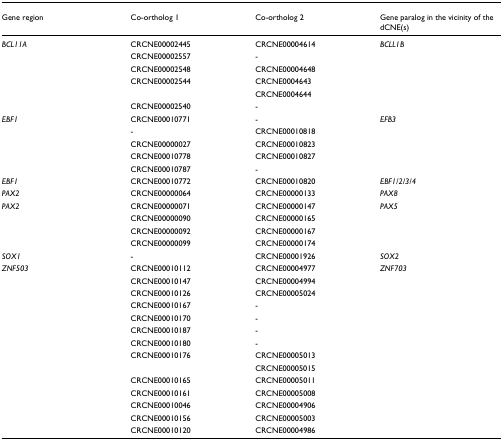
<table><thead><tr><td><b>Gene region</b></td><td><b>Co-ortholog 1</b></td><td><b>Co-ortholog 2</b></td><td><b>Gene paralog in the vicinity of the dCNE(s)</b></td></tr></thead><tbody><tr><td><i>BCL11A</i></td><td>CRCNE00002445</td><td>CRCNE00004614</td><td><i>BCLL1B</i></td></tr><tr><td></td><td>CRCNE00002557</td><td>-</td><td></td></tr><tr><td></td><td>CRCNE00002548</td><td>CRCNE00004648</td><td></td></tr><tr><td></td><td>CRCNE00002544</td><td>CRCNE0004643</td><td></td></tr><tr><td></td><td></td><td>CRCNE0004644</td><td></td></tr><tr><td></td><td>CRCNE00002540</td><td>-</td><td></td></tr><tr><td><i>EBF1</i></td><td>CRCNE00010771</td><td>-</td><td><i>EFB3</i></td></tr><tr><td></td><td>-</td><td>CRCNE00010818</td><td></td></tr><tr><td></td><td>CRCNE00000027</td><td>CRCNE00010823</td><td></td></tr><tr><td></td><td>CRCNE00010778</td><td>CRCNE00010827</td><td></td></tr><tr><td></td><td>CRCNE00010787</td><td>-</td><td></td></tr><tr><td><i>EBF1</i></td><td>CRCNE00010772</td><td>CRCNE00010820</td><td><i>EBF1/2/3/4</i></td></tr><tr><td><i>PAX2</i></td><td>CRCNE00000064</td><td>CRCNE00000133</td><td><i>PAX8</i></td></tr><tr><td><i>PAX2</i></td><td>CRCNE00000071</td><td>CRCNE00000147</td><td><i>PAX5</i></td></tr><tr><td></td><td>CRCNE00000090</td><td>CRCNE00000165</td><td></td></tr><tr><td></td><td>CRCNE00000092</td><td>CRCNE00000167</td><td></td></tr><tr><td></td><td>CRCNE00000099</td><td>CRCNE00000174</td><td></td></tr><tr><td><i>SOX1</i></td><td>-</td><td>CRCNE00001926</td><td><i>SOX2</i></td></tr><tr><td><i>ZNF503</i></td><td>CRCNE00010112</td><td>CRCNE00004977</td><td><i>ZNF703</i></td></tr><tr><td></td><td>CRCNE00010147</td><td>CRCNE00004994</td><td></td></tr><tr><td></td><td>CRCNE00010126</td><td>CRCNE00005024</td><td></td></tr><tr><td></td><td>CRCNE00010167</td><td>-</td><td></td></tr><tr><td></td><td>CRCNE00010170</td><td>-</td><td></td></tr><tr><td></td><td>CRCNE00010187</td><td>-</td><td></td></tr><tr><td></td><td>CRCNE00010180</td><td>-</td><td></td></tr><tr><td></td><td>CRCNE00010176</td><td>CRCNE00005013</td><td></td></tr><tr><td></td><td></td><td>CRCNE00005015</td><td></td></tr><tr><td></td><td>CRCNE00010165</td><td>CRCNE00005011</td><td></td></tr><tr><td></td><td>CRCNE00010161</td><td>CRCNE00005008</td><td></td></tr><tr><td></td><td>CRCNE00010046</td><td>CRCNE00004906</td><td></td></tr><tr><td></td><td>CRCNE00010156</td><td>CRCNE00005003</td><td></td></tr><tr><td></td><td>CRCNE00010120</td><td>CRCNE00004986</td><td></td></tr></tbody></table>